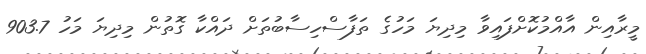
މީރާއިން އާއްމުކޮށްފައިވާ މިދިޔަ މަހުގެ ތަފާސްހިސާބުތަށް ދައްކާ ގޮތުން މިދިޔަ މަހު 903.7